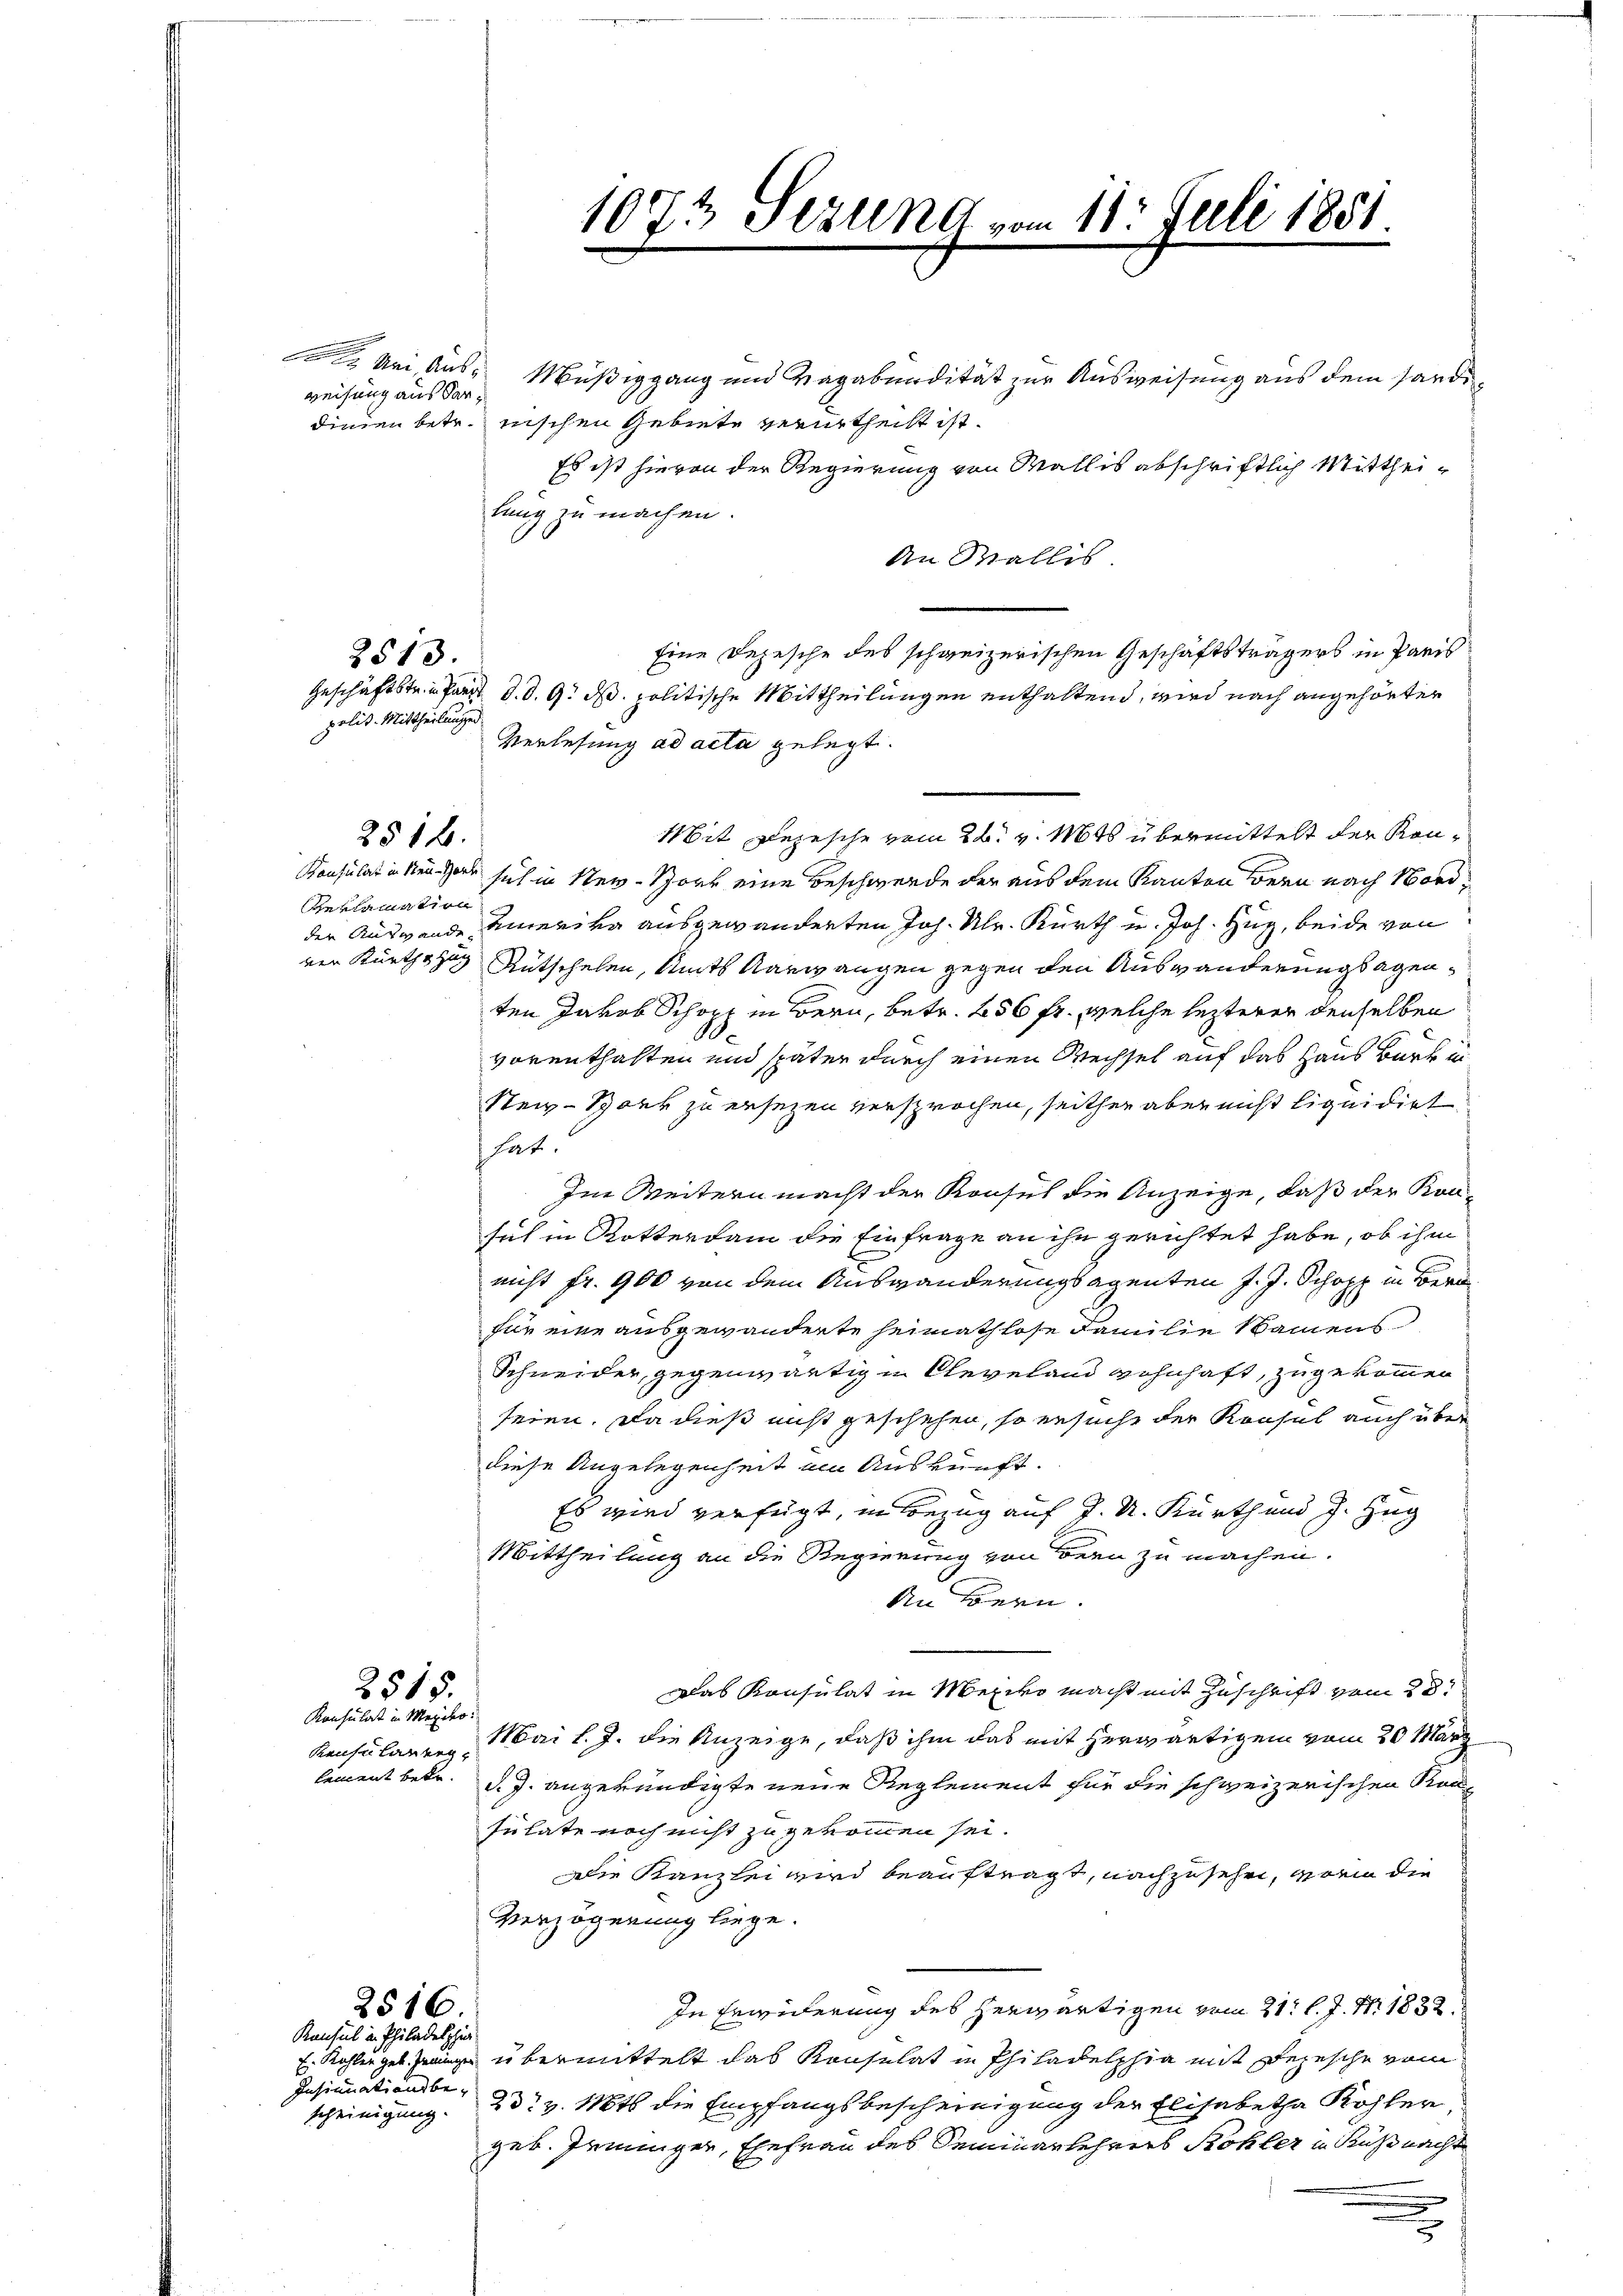
weisung aus dar¬

Uri Aus- Müßiggang und Vagabendität zur Ausweisung aus dem Sardidinien betr. nischen Gebiete verurtheilt ist.
Es ist hievon der Regierung von Wallis abschriftlich Mittheilung zu machen.
An Wallis
Eine Depesche des schweizerischen Geschäftsträgers in Paris
Geschäftstria Part d. d. 9. d. politische Mittheilungen enthaltend, wird nach angehörter
Verlesung ad acta gelegt.
Mit Depesche vom 26. v. Mts übermittelt der Kon¬
Konsulat in den Herr sich in New-York eine Beschwerde der aus dem Kanton Bern nach Nord¬
Gerlamation
der Auswande amerika ausgewanderten Joh. Ulr. Kurth u. Joh. Zug, beide von
ven Kürths zu Rutschehen, Amts Aarwangen gegen den Auswanderung sagenten Jakob Schopp in Bern, betr. 256 fr., welche lezterer denselben
vorenthalten und später durch einen Wechsel auf das Haus Bark in
Seig-Spark zu ersezen versprochen, seither aber nicht liquidirt.
hat.
Im Weitern macht der Konsul die Anzeige, daß der Kon-
sich in Rotterkam die Einfrage an ihn gerichtet habe, ob ihm
nicht fr. 900 von dem Auswanderungsagenten J. J. Schopp in Bern
für eine ausgewanderte Heimathlose Familie Namens
Schneider, gegenwärtig u Cleveland wohnhaft, zugekommen
seien. Da dieß nicht geschehen, so ersuche der Konsul auch über
diese Angelegenheit am Auskunft.
Es wird verfügt, in Bezug auf J. U. Kurth und J. Zug
Mittheilung an die Regierung von Bern zu machen.
An Bern.
Das Konsulat in Mexiko macht mit Zuschrift vom 28.
2515.
Konsulat in Meÿder:
Mai l. J. die Anzeige, daß ihm das mit herwärtigen vom 20. März
Keise lauten
lament betr.
d. J. angekündigte neue Reglement für die schweizerischen Rausulate noch nicht zu gekommen sei.
Die Kanzlei wird beauftragt, nachzusehen, worin die
Verzögerung liege.
In Erwiderung des herwärtigen vom 21. l. J. N. 1832.
2516
Konsul in Philadelphia
E. Kohlerges eingen übermittelt das Konsulat in Philadelphia mit Depesche vom
Insinuationsbescheinigung. 23. v. Mts. die Empfangsbescheinigung der Elisabetha Kohler,
geb. Irminger, Ehefrau des Seminarlehrers Kohler in Küßnacht
2

2513.

polit. Mittheilunge

2516.

1073 Stillnd vom 11. Juli 1881
e